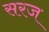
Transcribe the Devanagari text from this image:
सरज